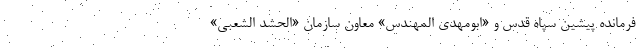
فرمانده پیشین سپاه قدس و «ابومهدی المهندس» معاون سازمان «الحشد الشعبی»